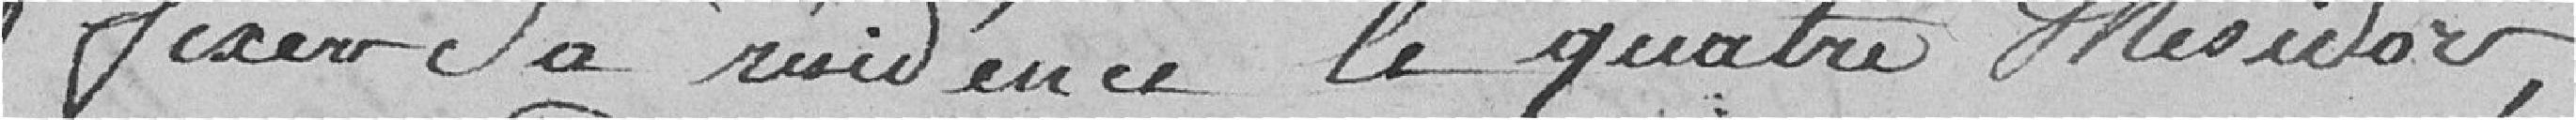
fixer sa résidence le quatre messidor